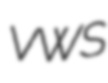
VWS